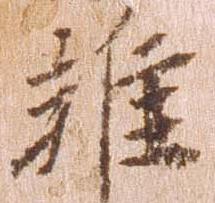
雑